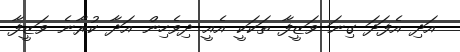
އަދި އެފަދަ ގިނަ ވަޒީފާ ތަކަކީ އެއީ ދިވެހިން އަދާ ކުރާނެ ވަޒީފާ